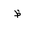
Letter: _za